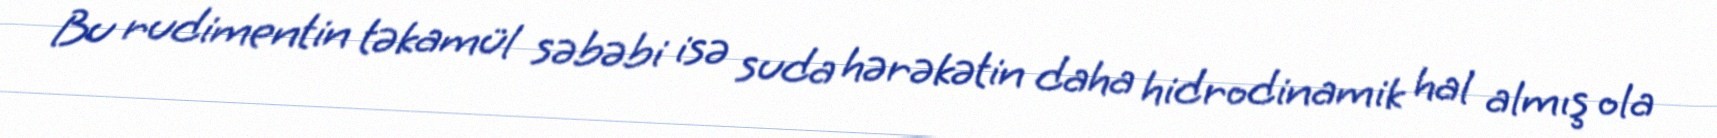
Bu rudimentin təkamül səbəbi isə suda hərəkətin daha hidrodinamik hal almış ola